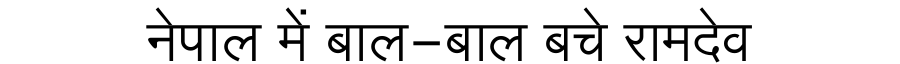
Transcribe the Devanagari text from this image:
नेपाल में बाल-बाल बचे रामदेव